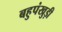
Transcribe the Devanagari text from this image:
बहुपंखुड़ी